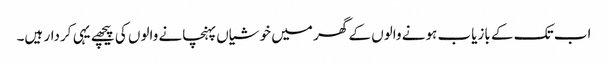
اب تک کے بازیاب ہونے والوں کے گھر میں خوشیاں پہنچانے والوں کی پیچھے یہی کردار ہیں۔